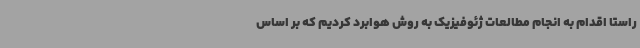
راستا اقدام به انجام مطالعات ژئوفیزیک به روش هوابرد کردیم که بر اساس